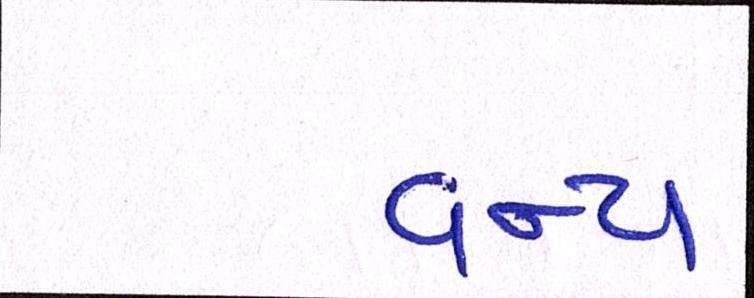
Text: વન્ય